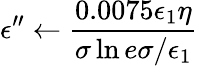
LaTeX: \epsilon^{\prime\prime}\gets\frac{0.0075\epsilon_{1}\eta}{\sigma\ln{e\sigma/\epsilon_{1}}}